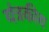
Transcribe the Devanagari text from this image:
यंत्रकीय